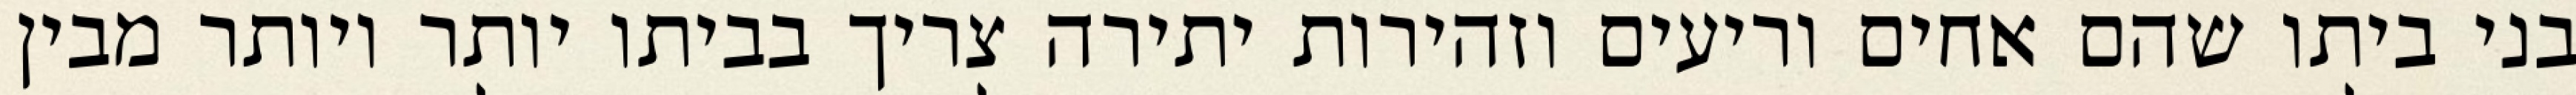
בני ביתו שהם אחים וריעים וזהירות יתירה צריך בביתו יותר ויותר מבין